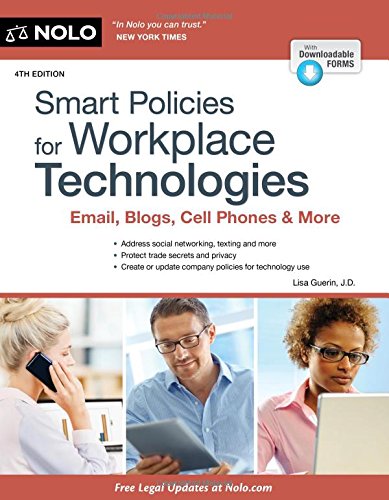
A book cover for Smart Policies for Workplace Technologies: Email, Blogs, Cell Phones & More (Smart Policies for Workplace Technology); Lisa Guerin J.D.; Business & Money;